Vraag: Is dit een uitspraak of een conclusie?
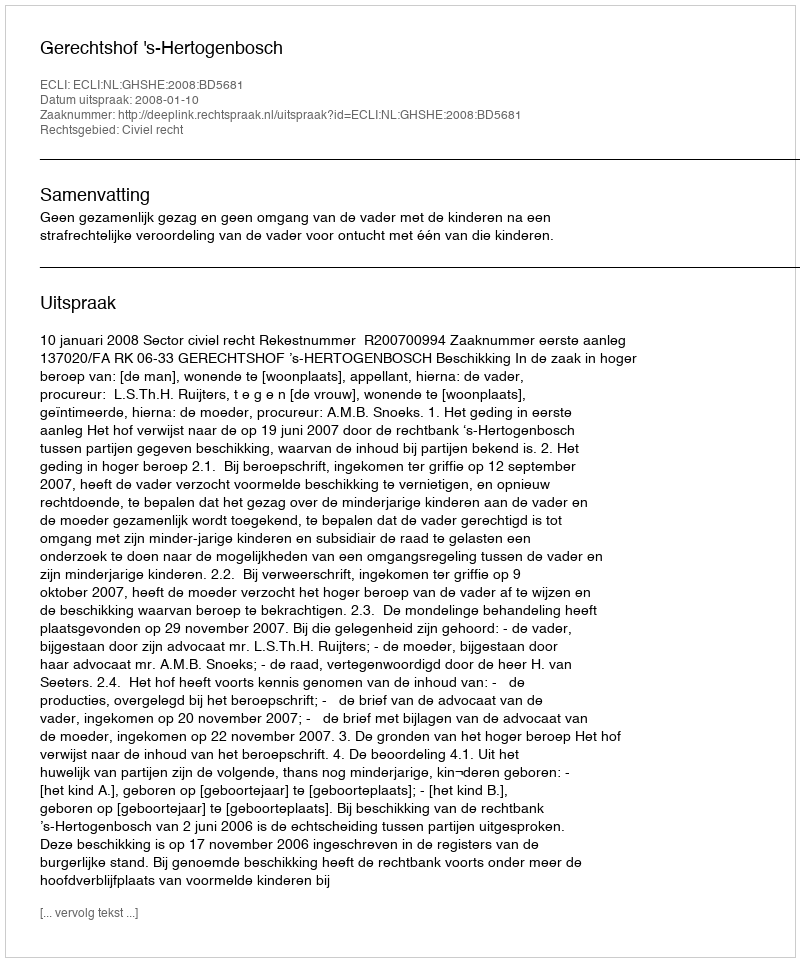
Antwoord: Uitspraak